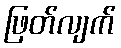
ဖြတ်လျက်